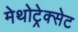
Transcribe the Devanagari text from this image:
मेथोट्रेक्सेट